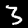
Label: 3